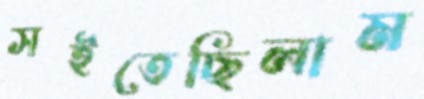
সইতেছিলাম